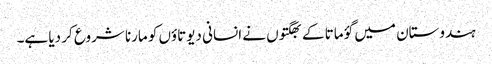
ہندوستان میں گؤ ماتا کے بھگتوں نے انسانی دیوتاؤں کو مارنا شروع کر دیا ہے۔